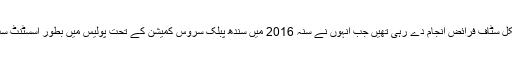
وہ سول ہسپتال کراچی سے منسلک ٹراما سنٹر میں بطور میڈیکل سٹاف فرائض انجام دے رہی تھیں جب انہوں نے سنہ 2016 میں سندھ پبلک سروس کمیشن کے تحت پولیس میں بطور اسسٹنٹ سب انسپکٹر (اے ایس آئی) بھرتی ہونے کے لیے اپلائی کیا تھا۔